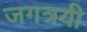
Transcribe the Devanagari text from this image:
जगत्रयी